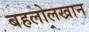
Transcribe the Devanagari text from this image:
बहलोलखान